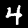
Label: 4